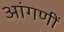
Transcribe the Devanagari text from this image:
आंगणीं